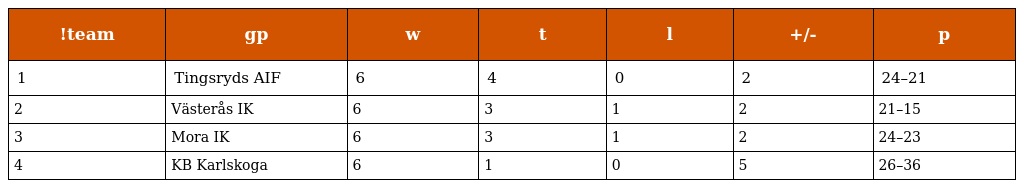
| !team | gp | w | t | l | +/- | p |
 | --- | --- | --- | --- | --- | --- | --- |
 | 1 | Tingsryds AIF | 6 | 4 | 0 | 2 | 24–21 |
 | 2 | Västerås IK | 6 | 3 | 1 | 2 | 21–15 |
 | 3 | Mora IK | 6 | 3 | 1 | 2 | 24–23 |
 | 4 | KB Karlskoga | 6 | 1 | 0 | 5 | 26–36 |